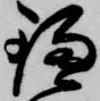
鎌